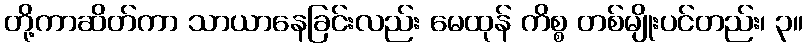
တို့ကာဆိတ်ကာ သာယာနေခြင်းလည်း မေထုန် ကိစ္စ တစ်မျိုးပင်တည်း၊ ၃။